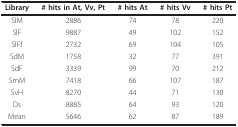
<table><thead><tr><td><b>Library</b></td><td><b># hits in At, Vv, Pt</b></td><td><b># hits At</b></td><td><b># hits Vv</b></td><td><b># hits Pt</b></td></tr></thead><tbody><tr><td>SlM</td><td>2886</td><td>74</td><td>78</td><td>220</td></tr><tr><td>SlF</td><td>9887</td><td>49</td><td>102</td><td>152</td></tr><tr><td>SlFf</td><td>2732</td><td>69</td><td>104</td><td>105</td></tr><tr><td>SdM</td><td>1758</td><td>32</td><td>77</td><td>391</td></tr><tr><td>SdF</td><td>3339</td><td>99</td><td>70</td><td>212</td></tr><tr><td>SmM</td><td>7418</td><td>66</td><td>107</td><td>187</td></tr><tr><td>SvH</td><td>8270</td><td>44</td><td>71</td><td>130</td></tr><tr><td>Ds</td><td>8885</td><td>64</td><td>93</td><td>120</td></tr><tr><td>Mean</td><td>5646</td><td>62</td><td>87</td><td>189</td></tr></tbody></table>